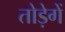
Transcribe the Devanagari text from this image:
तोड़ेगें